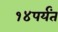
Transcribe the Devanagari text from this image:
१४पर्यंत